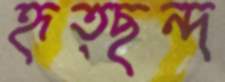
হৃত্ছন্দ